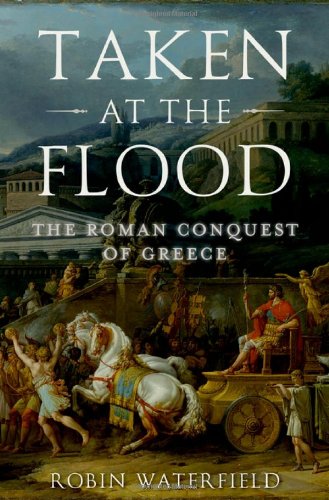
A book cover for Taken at the Flood: The Roman Conquest of Greece (Ancient Warfare and Civilization); Robin Waterfield; History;